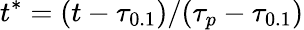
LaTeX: t^{*}=(t-\tau_{0.1})/(\tau_{p}-\tau_{0.1})